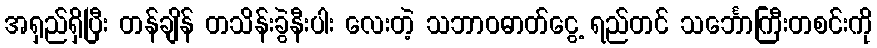
အရှည်ရှိပြီး တန်ချိန် တသိန်းခွဲနီးပါး လေးတဲ့ သဘာဝဓာတ်ငွေ့ ရည်တင် သင်္ဘောကြီးတစင်းကို